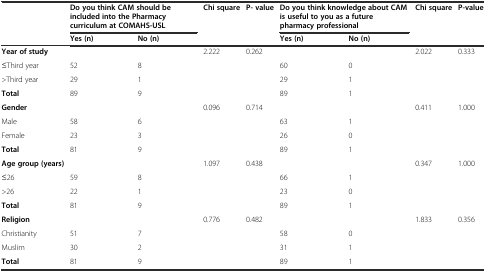
<table><thead><tr><td></td><td colspan="2"><b>Do you think CAM should be included into the Pharmacy curriculum at COMAHS-USL</b></td><td><b>Chi square</b></td><td><b>P- value</b></td><td colspan="2"><b>Do you think knowledge about CAM is useful to you as a future pharmacy professional</b></td><td><b>Chi square</b></td><td><b>P-value</b></td></tr><tr><td></td><td><b>Yes (n)</b></td><td><b>No (n)</b></td><td></td><td></td><td><b>Yes (n)</b></td><td><b>No (n)</b></td><td></td><td></td></tr></thead><tbody><tr><td><b>Year of study</b></td><td></td><td></td><td>2.222</td><td>0.262</td><td></td><td></td><td>2.022</td><td>0.333</td></tr><tr><td>≤Third year</td><td>52</td><td>8</td><td></td><td></td><td>60</td><td>0</td><td></td><td></td></tr><tr><td>&gt;Third year</td><td>29</td><td>1</td><td></td><td></td><td>29</td><td>1</td><td></td><td></td></tr><tr><td><b>Total</b></td><td>89</td><td>9</td><td></td><td></td><td>89</td><td>1</td><td></td><td></td></tr><tr><td><b>Gender</b></td><td></td><td></td><td>0.096</td><td>0.714</td><td></td><td></td><td>0.411</td><td>1.000</td></tr><tr><td>Male</td><td>58</td><td>6</td><td></td><td></td><td>63</td><td>1</td><td></td><td></td></tr><tr><td>Female</td><td>23</td><td>3</td><td></td><td></td><td>26</td><td>0</td><td></td><td></td></tr><tr><td><b>Total</b></td><td>81</td><td>9</td><td></td><td></td><td>89</td><td>1</td><td></td><td></td></tr><tr><td><b>Age group (years)</b></td><td></td><td></td><td>1.097</td><td>0.438</td><td></td><td></td><td>0.347</td><td>1.000</td></tr><tr><td>≤26</td><td>59</td><td>8</td><td></td><td></td><td>66</td><td>1</td><td></td><td></td></tr><tr><td>&gt;26</td><td>22</td><td>1</td><td></td><td></td><td>23</td><td>0</td><td></td><td></td></tr><tr><td><b>Total</b></td><td>81</td><td>9</td><td></td><td></td><td>89</td><td>1</td><td></td><td></td></tr><tr><td><b>Religion</b></td><td></td><td></td><td>0.776</td><td>0.482</td><td></td><td></td><td>1.833</td><td>0.356</td></tr><tr><td>Christianity</td><td>51</td><td>7</td><td></td><td></td><td>58</td><td>0</td><td></td><td></td></tr><tr><td>Muslim</td><td>30</td><td>2</td><td></td><td></td><td>31</td><td>1</td><td></td><td></td></tr><tr><td><b>Total</b></td><td>81</td><td>9</td><td></td><td></td><td>89</td><td>1</td><td></td><td></td></tr></tbody></table>